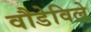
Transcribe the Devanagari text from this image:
वौडेविले